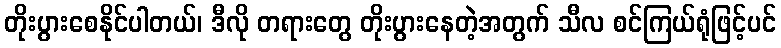
တိုးပွားစေနိုင်ပါတယ်၊ ဒီလို တရားတွေ တိုးပွားနေတဲ့အတွက် သီလ စင်ကြယ်ရုံဖြင့်ပင်